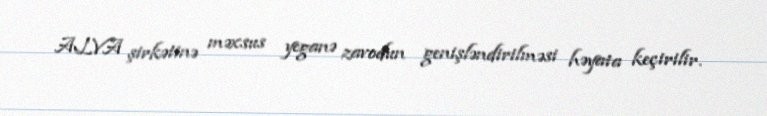
ALVA şirkətinə məxsus yeganə zavodun genişləndirilməsi həyata keçirilir.